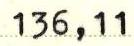
136,11